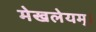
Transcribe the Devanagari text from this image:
मेखलेयम्।